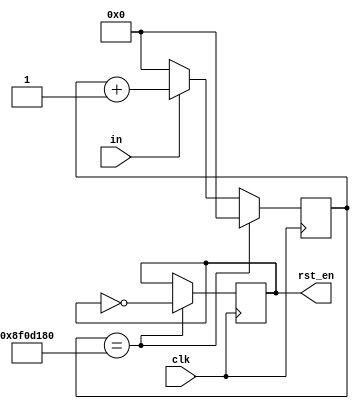
`timescale 1ns / 1ps
//////////////////////////////////////////////////////////////////////////////////
// Company: 
// Engineer: 
// 
// Design Name: 
// Module Name: reset_cnt
// Project Name: 
// Target Devices: 
// Tool Versions: 
// Description: 
// 
// Dependencies: 
// 
// Revision:
// Revision 0.01 - File Created
// Additional Comments:
// 
//////////////////////////////////////////////////////////////////////////////////


module reset_cnt(
    clk,
    in,
    rst_en
    );
    output reg rst_en;
    input in, clk;
    
    reg [29:0]rst_cnt;
    reg [29:0]rst_cnt_nxt;
    always@*
        if (in)
        rst_cnt_nxt = rst_cnt + 1;
        else 
        rst_cnt_nxt = 30'b0;
    always@(posedge clk)
        if (rst_cnt == 30'd150000000)
        begin
            rst_en <= ~rst_en;
            rst_cnt<=30'd0;
        end
        else
            rst_cnt <= rst_cnt_nxt;
    
endmodule